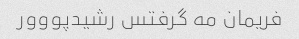
فریمان مه گرفتس رشیدپووور